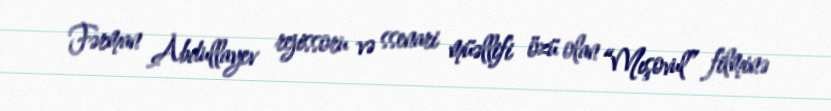
Fərman Abdullayev rejissoru və ssenari müəllifi özü olan “Mışovul” filminə